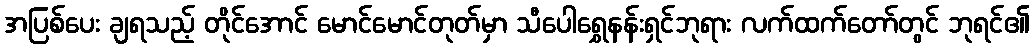
အပြစ်ပေး ချရသည့် တိုင်အောင် မောင်မောင်တုတ်မှာ သီပေါရွှေနန်းရှင်ဘုရား လက်ထက်တော်တွင် ဘုရင်၏